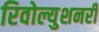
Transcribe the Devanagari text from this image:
रिवोल्युशनरी